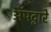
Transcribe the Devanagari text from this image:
ॲपद्वारे